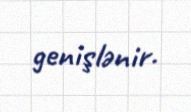
genişlənir.